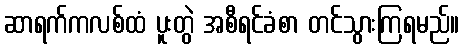
ဆာရက်ကလစ်ထံ ပူးတွဲ အစီရင်ခံစာ တင်သွားကြရမည်။